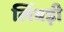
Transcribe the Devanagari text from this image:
लिंबड़ी